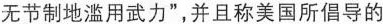
无节制地滥用武力”，并且称美国所倡导的